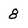
Character: 8